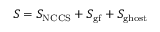
S = S _ { \mathrm { N C C S } } + S _ { \mathrm { g f } } + S _ { \mathrm { g h o s t } }